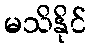
မသိနိုင်